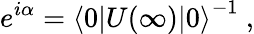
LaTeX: e^{i\alpha}=\left\langle 0|U(\infty)|0\right\rangle^{-1}~,